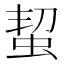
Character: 蛪